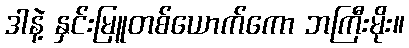
ဒါနဲ့ နှင်းမြူတစ်ယောက်ကော ဘကြီးမိုး။